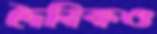
দৈনিকও